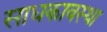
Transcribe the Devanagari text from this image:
साधकावस्था